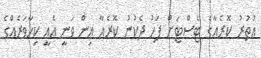
އުތުރު ކޮރެއާގެ ޓެސްޓަށް ފަހު ދެކުނު ކޮރެއާ އިން ވަނީ އެއީ ކިހާވަރެއްގެ